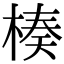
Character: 楱